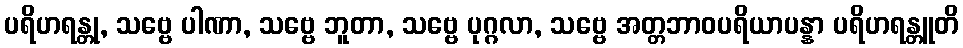
ပရိဟရန္တု, သဗ္ဗေ ပါဏာ, သဗ္ဗေ ဘူတာ, သဗ္ဗေ ပုဂ္ဂလာ, သဗ္ဗေ အတ္တဘာဝပရိယာပန္နာ ပရိဟရန္တူတိ